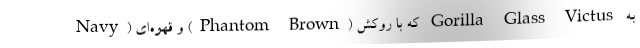
Navy) و قهوه‌ای (Phantom Brown) که با روکش Gorilla Glass Victus به